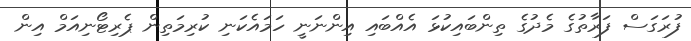
ފުރަގަސް ފަރާތުގެ މެދުގެ ތިންބައިކުޅަ އެއްބައި އިންނަނީ ހަމައެކަނި ކުރިމަތިން ޕެރިޓޯނިއަމް އިން